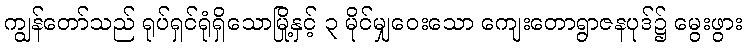
ကျွန်တော်သည် ရုပ်ရှင်ရုံရှိသောမြို့နှင့် ၃ မိုင်မျှဝေးသော ကျေးတောရွာဇနပုဒ်၌ မွေးဖွား